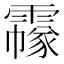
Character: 𩅲